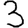
Digit: 3